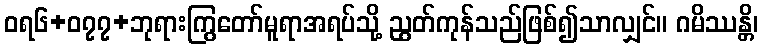
ဝရ၆+၀၇၇+ဘုရားကြွတော်မူရာအရပ်သို့ ညွတ်ကုန်သည်ဖြစ်၍သာလျှင်။ ဂမိဿန္တိ၊